Code of medical and sanitary regulations for the guidance of medical officers serving in the Madras Presidency - Volume I
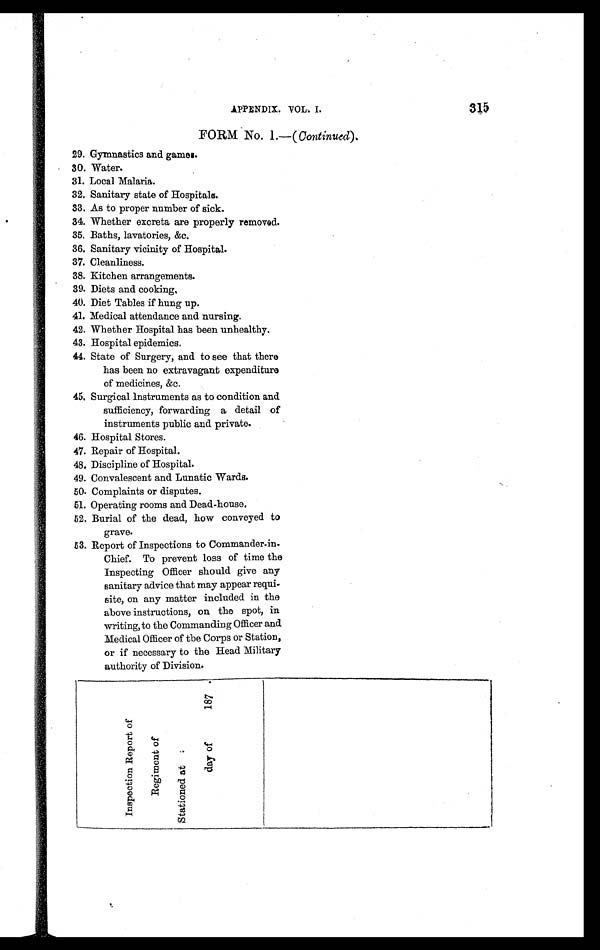
APPENDIX. VOL. I.
315
FORM No. 1.—(Continued).
29. Gymnastics and games.
30. Water.
31. Local Malaria.
32. Sanitary state of Hospitals.
33. As to proper number of sick.
34. Whether excreta are properly removed.
35. Baths, lavatories, &c.
36. Sanitary vicinity of Hospital.
37. Cleanliness.
38. Kitchen arrangements.
39. Diets and cooking,
40. Diet Tables if hung up.
41. Medical attendance and nursing.
42. Whether Hospital has been unhealthy.
43. Hospital epidemics.
44. State of Surgery, and to see that there
has been no extravagant expenditure
of medicines, &c.
45 Surgical instruments as to condition and
sufficiency, forwarding a detail of
instruments public and private.
46. Hospital Stores.
47. Repair of Hospital.
48. Discipline of Hospital.
49. Convalescent and Lunatic Wards.
50. Complaints or disputes.
51.Operating rooms and Dead-house.
52. Burial of the dead, how conveyed to
grave.
53. Report of Inspections to Commander-in-
Chief. To prevent loss of time the
Inspecting Officer should give any
sanitary advice that may appear requi-
site, on any matter included in the
above instructions, on the spot, in
writing, to the Commanding Officer and
Medical Officer of the Corps or Station,
or if necessary to the Head Military
authority of Division.
I n s p e c t i o n R e p o r t o f
R e g i m e n t o f
S t a t i o n e d a t :
d a y o f 1 8 7